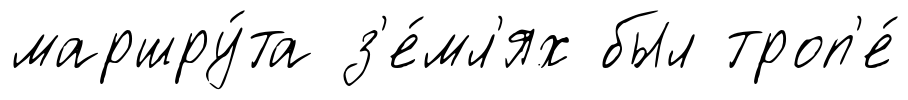
маршру́та з'е́мл'ях был троп'е́